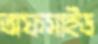
অফসাইড